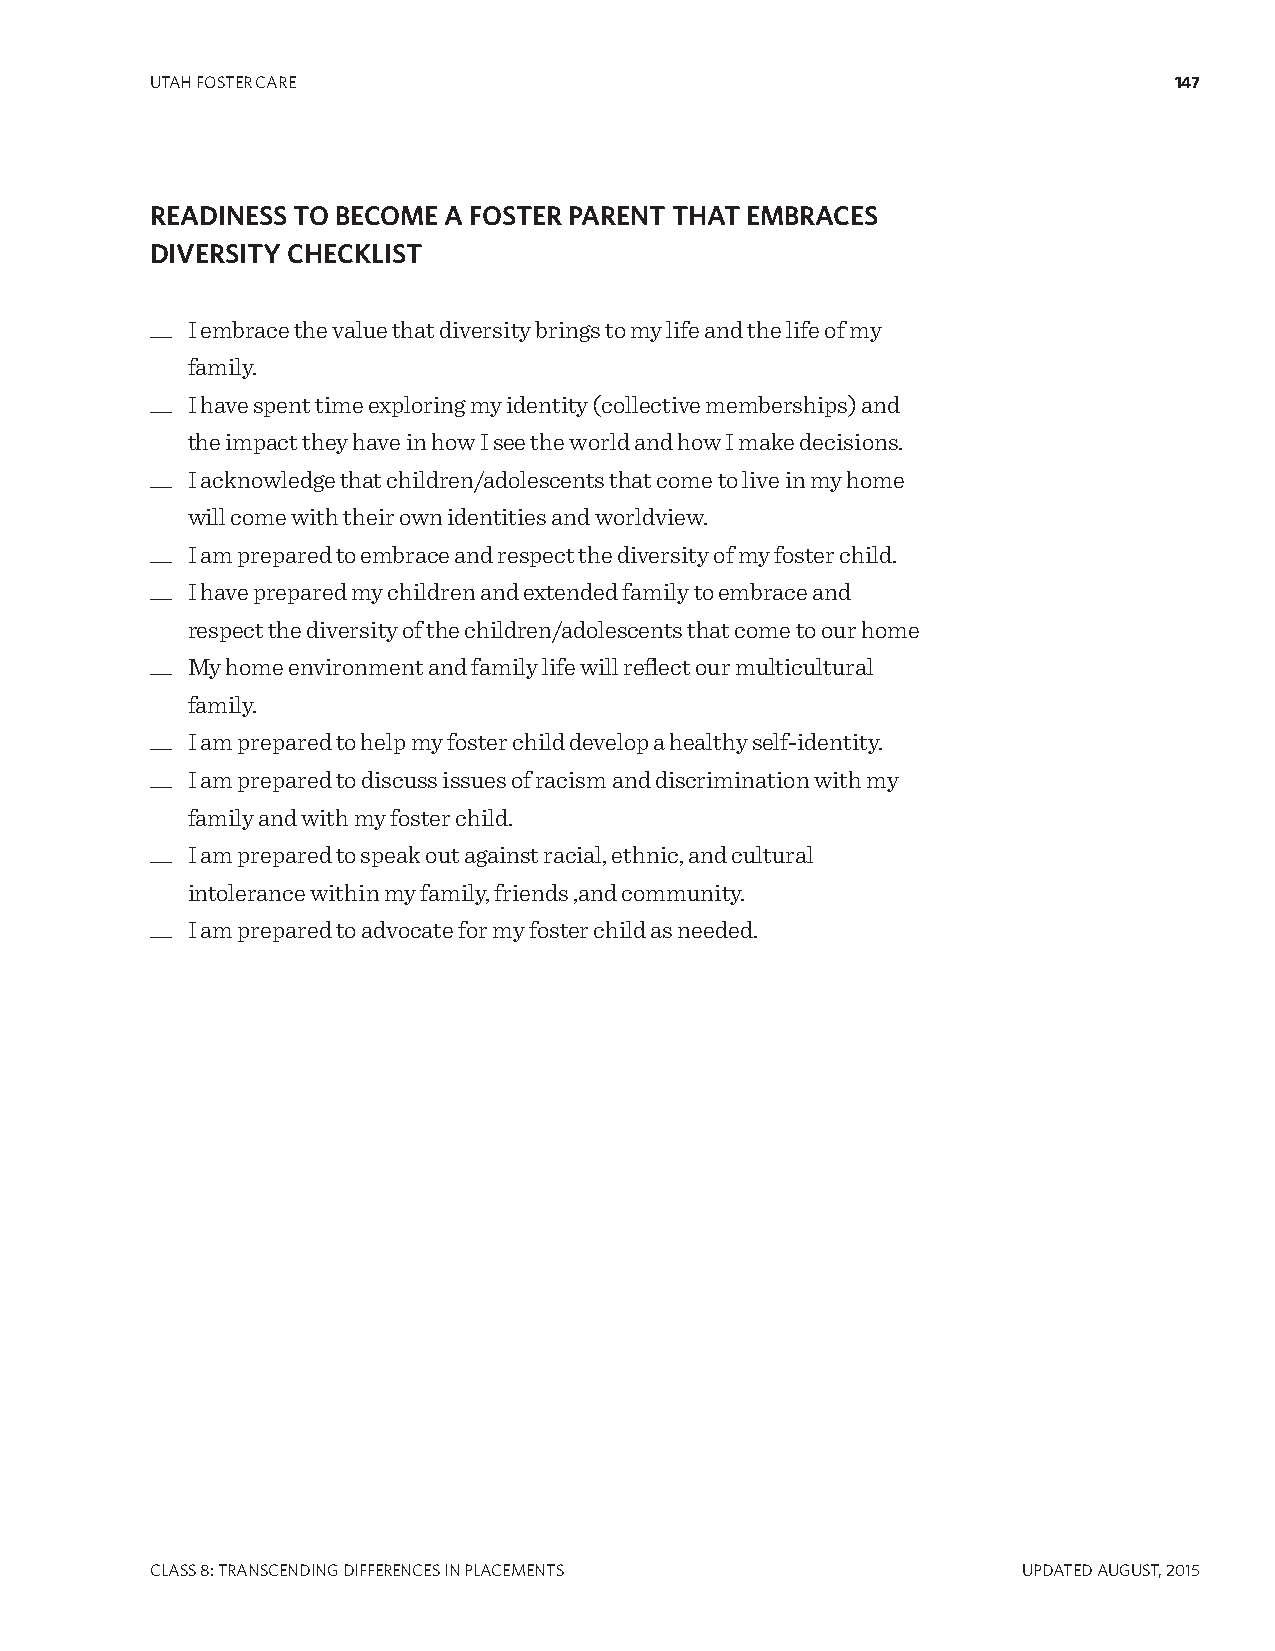
UTAH FOSTER CARE                                                    147
 READINESS TO BECOME A FOSTER PARENT THAT EMBRACES
 DIVERSITY CHECKLIST
 __ I embrace the value that diversity brings to my life and the life of my
 family.
 __ I have spent time exploring my identity (collective memberships) and
 the impact they have in how I see the world and how I make decisions.
 __ I acknowledge that children/adolescents that come to live in my home
 will come with their own identities and worldview.
 __ I am prepared to embrace and respect the diversity of my foster child.
 __ I have prepared my children and extended family to embrace and
 respect the diversity of the children/adolescents that come to our home
 __ My home environment and family life will reflect our multicultural
 family.
 __ I am prepared to help my foster child develop a healthy self-identity.
 __ I am prepared to discuss issues of racism and discrimination with my
 family and with my foster child.
 __ I am prepared to speak out against racial, ethnic, and cultural
 intolerance within my family, friends ,and community.
 __ I am prepared to advocate for my foster child as needed.
 CLASS 8: TRANSCENDINg DIFFERENCES IN PLACEMENTS           UPDATED AUgUST, 2015